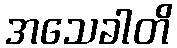
အသေခါတိ